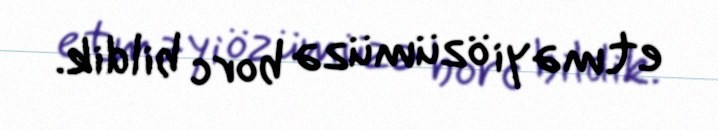
etməyi özümüzə borc bildik.